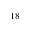
^ { 1 8 }